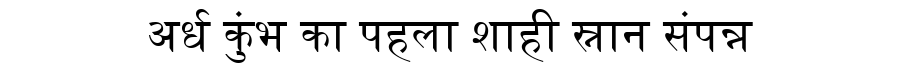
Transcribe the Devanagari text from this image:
अर्ध कुंभ का पहला शाही स्नान संपन्न